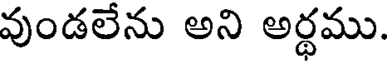
వుండలేను అని అర్థము.